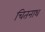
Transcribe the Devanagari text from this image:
चितनाथ